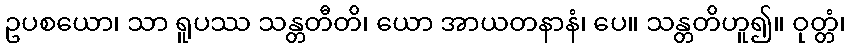
ဥပစယော၊ သာ ရူပဿ သန္တတီတိ၊ ယော အာယတနာနံ၊ ပေ။ သန္တတိဟူ၍။ ဝုတ္တံ၊